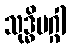
သုဒ္ဓိမဂ္ဂါ